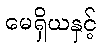
မေရှိယနှင့်